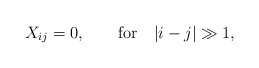
\begin{align*}X_{ij}=0,\qquad\hbox{for}\quad |i-j|\gg 1,\end{align*}